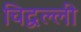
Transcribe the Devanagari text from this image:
चिद्वल्ली